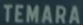
TEMARA